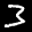
Label: 3